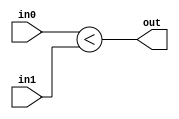
module coreir_slt #(
    parameter width = 1
) (
    input [width-1:0] in0,
    input [width-1:0] in1,
    output out
);
  assign out = $signed(in0) < $signed(in1);
endmodule

module coreir_slt2_wrapped (
    input [1:0] I0,
    input [1:0] I1,
    output O
);
wire coreir_slt2_inst0_out;
coreir_slt #(
    .width(2)
) coreir_slt2_inst0 (
    .in0(I0),
    .in1(I1),
    .out(coreir_slt2_inst0_out)
);
assign O = coreir_slt2_inst0_out;
endmodule